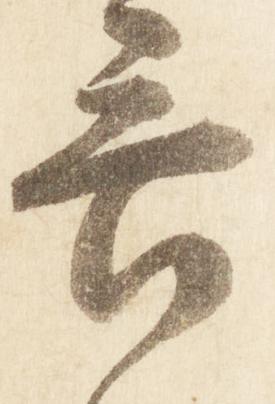
言